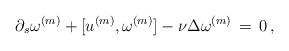
LaTeX: \begin{align*} \partial_s \omega^{(m)} + [u^{(m)},\omega^{(m)}] -\nu\Delta \omega^{(m)} \,=\, 0\,,\end{align*}